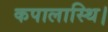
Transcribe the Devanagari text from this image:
कपालास्थि।